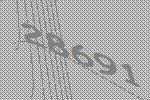
28691